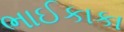
ભાઈકાકા